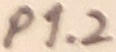
Text: P1.2